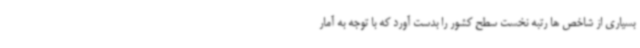
بسیاری از شاخص ها رتبه نخست سطح کشور را بدست آورد که با توجه به آمار